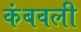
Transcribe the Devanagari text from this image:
कंबवली